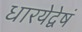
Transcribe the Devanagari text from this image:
धारयेद्वेषं